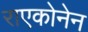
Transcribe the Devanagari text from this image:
राएकोनेन